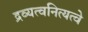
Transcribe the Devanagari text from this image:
द्रव्यत्वनित्यत्वे